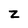
Character: z